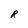
Character: R